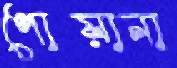
পোয়ানা